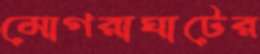
মোগরাঘাটের